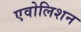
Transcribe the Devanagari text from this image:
एवोलिशन